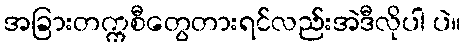
အခြားတက္ကစီတွေတားရင်လည်းအဲဒီလိုပါ ပဲ။